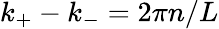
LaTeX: k_{+}-k_{-}=2\pi n/L